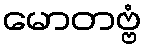
မောတဗ္ဗံ